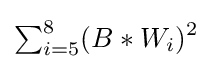
\textstyle \sum _{i=5}^{8}\displaystyle (B*W_{i})^{2}